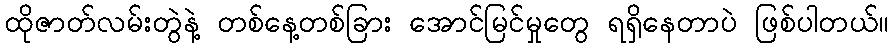
ထိုဇာတ်လမ်းတွဲနဲ့ တစ်နေ့တစ်ခြား အောင်မြင်မှုတွေ ရရှိနေတာပဲ ဖြစ်ပါတယ်။